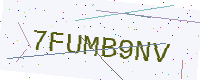
Text: 7FUMB9NV